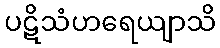
ပဋိသံဟရေယျာသိ